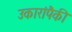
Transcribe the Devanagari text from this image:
उकारांपैकी